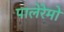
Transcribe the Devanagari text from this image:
पालेरेमो